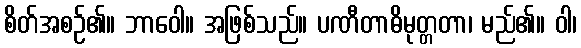
စိတ်အစဉ်၏။ ဘာဝေါ။ အဖြစ်သည်။ ပဏီတာဓိမုတ္တတာ၊ မည်၏။ ဝါ၊